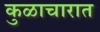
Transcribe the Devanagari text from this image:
कुळाचारात